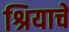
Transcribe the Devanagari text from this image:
श्रियाचे